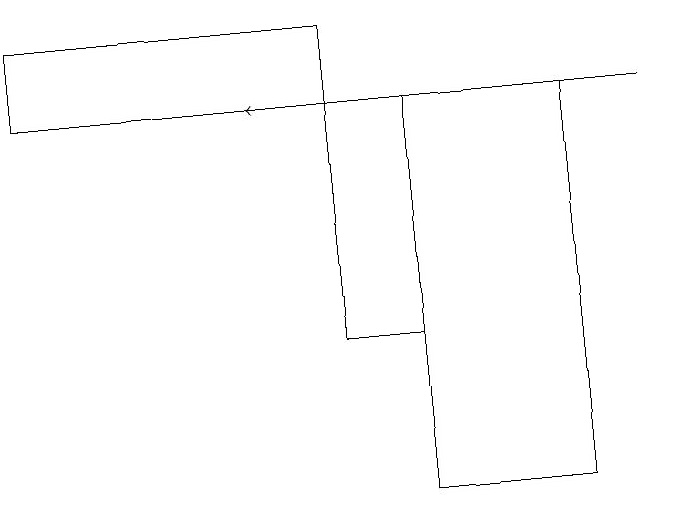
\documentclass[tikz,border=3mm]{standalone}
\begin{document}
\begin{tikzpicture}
\draw (6,16) rectangle (5,13);
\draw[->] (9,16) -- (4,16);
\draw (5,17) rectangle (1,16);
\draw (8,11) rectangle (6,16);
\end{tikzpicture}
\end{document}